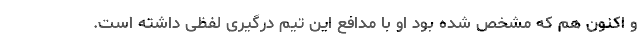
و اکنون هم که مشخص شده بود او با مدافع این تیم درگیری لفظی داشته است.